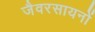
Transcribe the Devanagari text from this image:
जैवरसायनों